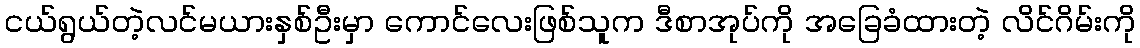
ငယ်ရွယ်တဲ့လင်မယားနှစ်ဦးမှာ ကောင်လေးဖြစ်သူက ဒီစာအုပ်ကို အခြေခံထားတဲ့ လိင်ဂိမ်းကို